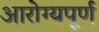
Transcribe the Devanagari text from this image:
आरोग्यपूर्ण